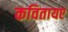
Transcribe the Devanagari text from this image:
कवितायए